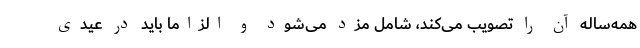
همه‌ساله آن را تصویب می‌کند، شامل مزد می‌شود و الزاما باید در عیدی